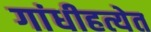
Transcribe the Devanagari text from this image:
गांधीहत्येत